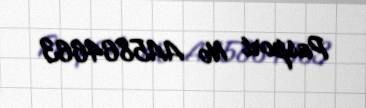
Pasport № AA5864663